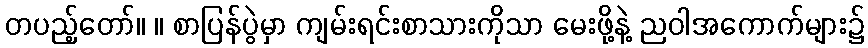
တပည့်တော်။ ။ စာပြန်ပွဲမှာ ကျမ်းရင်းစာသားကိုသာ မေးဖို့နဲ့ ညဝါအကောက်များ၌